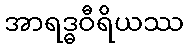
အာရဒ္ဓဝီရိယဿ